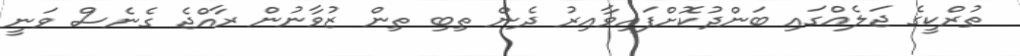
ތުރްކީގެ ޖަލެއްގައި ބަންދުކޮށްފައިވާއިރު ދެން ތިބި ތިން ޒުވާނުން ރާއްޖެ ގެނެސް ވަނީ